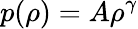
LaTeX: p(\rho)=A\rho^{\gamma}